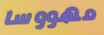
مهووسا